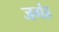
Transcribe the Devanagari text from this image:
जगंह